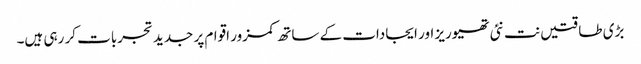
بڑی طاقتیں نت نئی تھیوریز اور ایجادات کے ساتھ کمزور اقوام پر جدید تجربات کر رہی ہیں۔